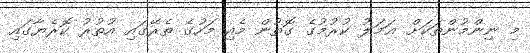
މި ނިންމުންތަކަށް ޢަމަލު ކުރުމުގެ ގޮތުން މެއި މަހުގެ ތެރޭގައި އުތުރު ކޮރެޔާގައި